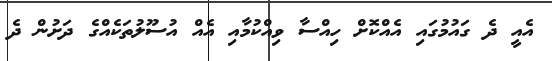
އެއީ ދެ ގައުމުގައި އެއްކޮށް ހިއްސާ ވިއްކުމާއި އެއް އުސޫލުތަކެއްގެ ދަށުން ދެ